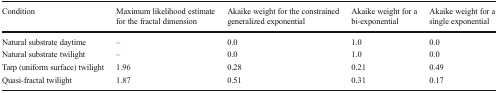
| Condition | Maximum likelihood estimate for the fractal dimension | Akaike weight for the constrained generalized exponential | Akaike weight for a bi-exponential | Akaike weight for a single exponential |
 | --- | --- | --- | --- | --- |
 | Natural substrate daytime | – | 0.0 | 1.0 | 0.0 |
 | Natural substrate twilight | – | 0.0 | 1.0 | 0.0 |
 | Tarp (uniform surface) twilight | 1.96 | 0.28 | 0.21 | 0.49 |
 | Quasi-fractal twilight | 1.87 | 0.51 | 0.31 | 0.17 |